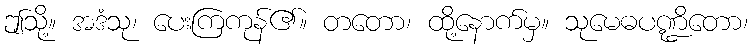
ဤသို့။ အဒံသု၊ ပေးကြကုန်၏။ တတော၊ ထို့နောက်မှ။ သုမေဓပဏ္ဍိတော၊